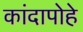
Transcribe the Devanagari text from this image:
कांदापोहे